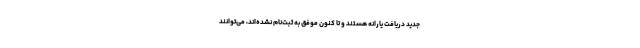
جدید دریافت یارانه هستند و تا کنون موفق به ثبت‌نام نشده‌اند، می‌توانند